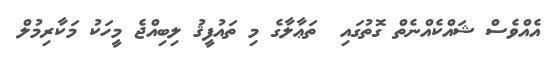
އެއްވެސް ޝައްކެއްނެތް ގޮތުގައި  ތަޢާލާގެ މި ތައުފީޤު ލިބިއްޖެ މީހަކު މަކާރިމުލް